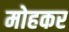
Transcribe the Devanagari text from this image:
मोहकर